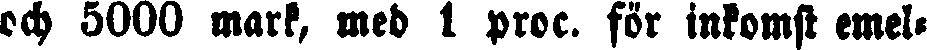
ech 5000 mark, med 1 proc. för inkomst emel-